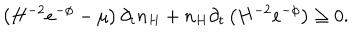
LaTeX: \left( H ^ { - 2 } e ^ { - \phi } - \mu \right) \partial _ { t } n _ { H } + n _ { H } \partial _ { t } \left( H ^ { - 2 } e ^ { - \phi } \right) \ge 0 .